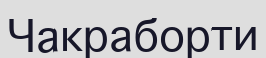
Чакраборти